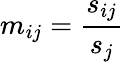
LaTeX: m_{ij}=\frac{s_{ij}}{s_{j}}